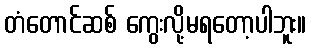
တံတောင်ဆစ် ကွေးလို့မရတော့ပါဘူး။